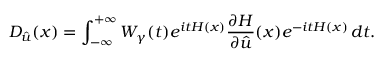
D _ { \hat { u } } ( x ) = \int _ { - \infty } ^ { + \infty } W _ { \gamma } ( t ) e ^ { i t H ( x ) } \frac { \partial H } { \partial \hat { u } } ( x ) e ^ { - i t H ( x ) } \, d t .